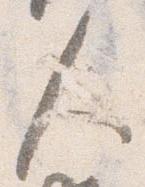
人